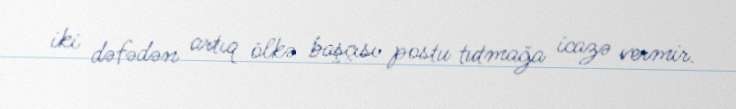
iki dəfədən artıq ölkə başçısı postu tutmağa icazə vermir.